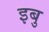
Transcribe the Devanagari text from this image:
इबु